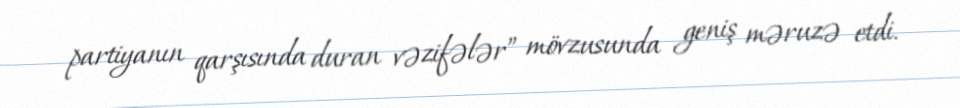
partiyanın qarşısında duran vəzifələr” mövzusunda geniş məruzə etdi.